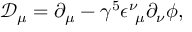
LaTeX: { \mathcal D } _ { \mu } = \partial _ { \mu } - \gamma ^ { 5 } \epsilon _ { \ \mu } ^ { \nu } \partial _ { \nu } \phi ,